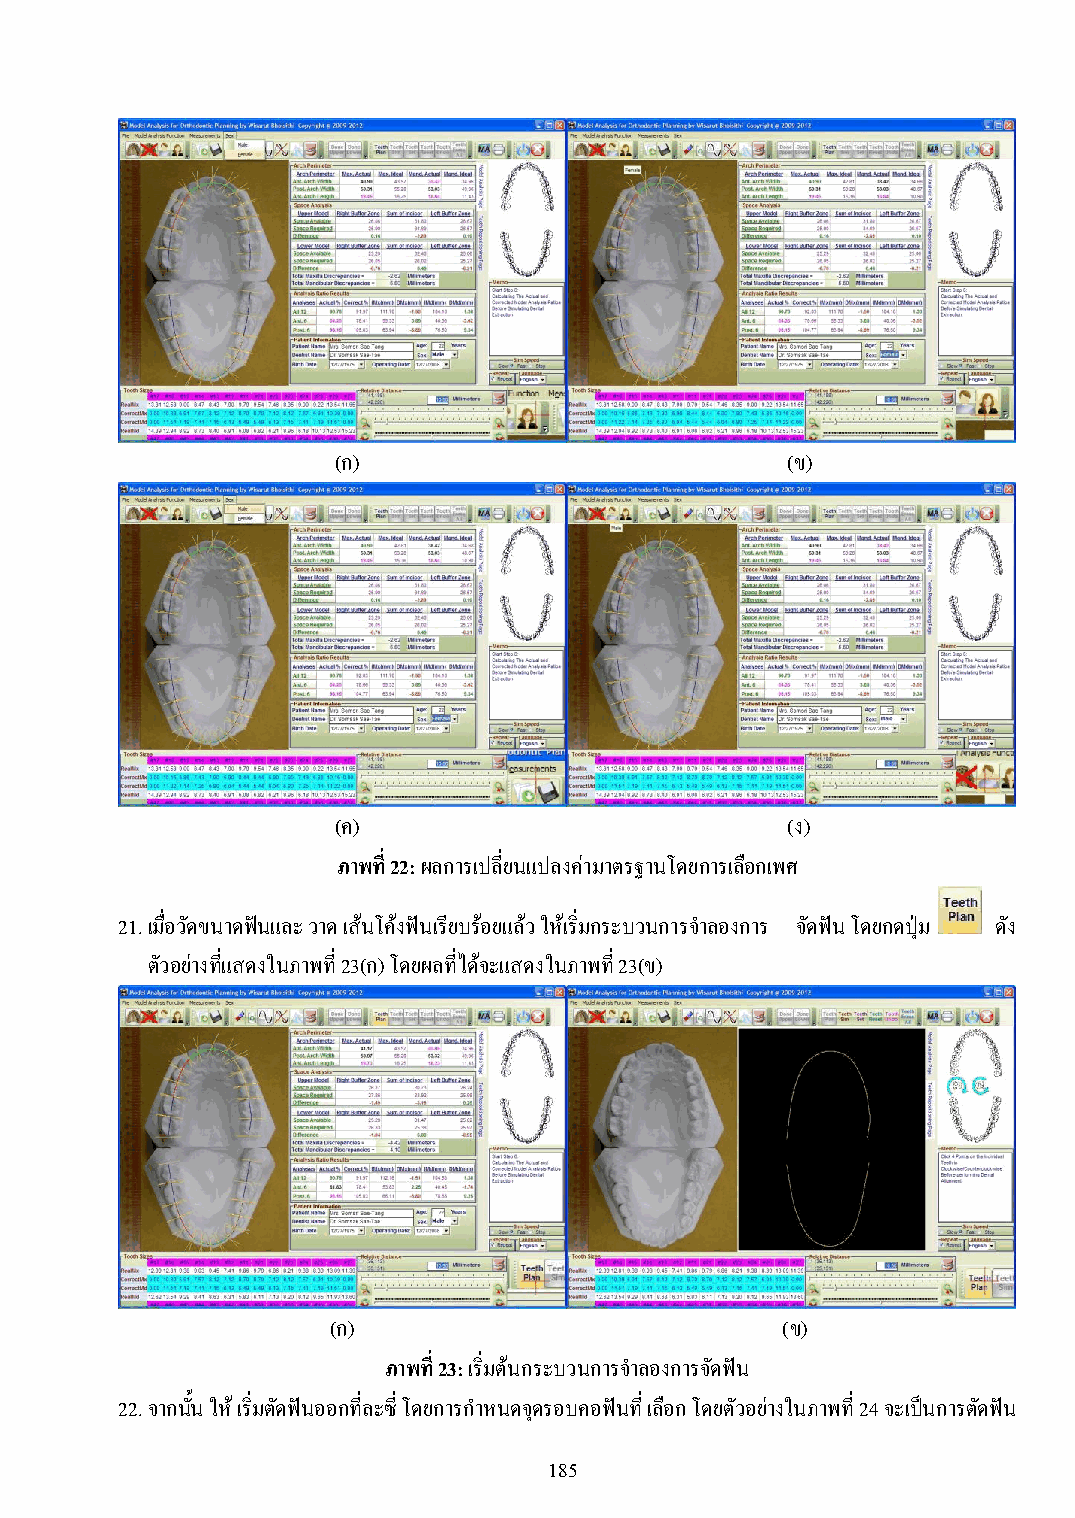
(ก)                           (ข)
 (ค)                           (ง)
 ภาพที่ 22: ผลการเปลี่ยนแปลงค่ามาตรฐานโดยการเลือกเพศ
 21. เมื่อวัดขนาดฟันและ วาด เส้นโค้งฟันเรียบร้อยแล้ว ให้เริ่มกระบวนการจ าลองการ จัดฟัน โดยกดปุ่ม ดัง
 ตัวอย่างที่แสดงในภาพที่ 23(ก) โดยผลที่ได้จะแสดงในภาพที่ 23(ข)
 (ก)                           (ข)
 ภาพที่ 23: เริ่มต้นกระบวนการจ าลองการจัดฟัน
 22. จากนั้น ให้ เริ่มตัดฟันออกที่ละซี่ โดยการก าหนดจุดรอบคอฟันที่ เลือก โดยตัวอย่างในภาพที่ 24 จะเป็นการตัดฟัน
 185